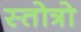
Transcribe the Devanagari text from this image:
स्तोत्रो